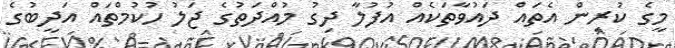
މީގެ ކުރިން އެތައް ދައުވާތަކެއް އުފުލާ ދިގު މުއްދަތުގެ ޖަލު ހުކުމްތައް އަދީބުގެ